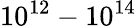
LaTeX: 10^{12}-10^{14}